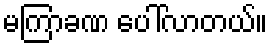
မကြာခဏ ပေါ်လာတယ်။